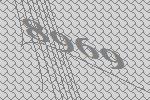
8969